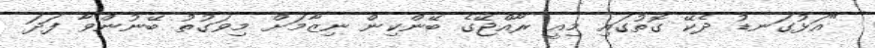
"އަޅުގަނޑު ދެކޭ ގޮތުގައި މިއީ ރާއްޖޭގެ ބޭންކިން ނިޒާމަށް މިވަގުތު ބޭނުންވާ ފަދަ